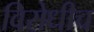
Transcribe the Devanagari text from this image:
विरोधीच